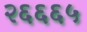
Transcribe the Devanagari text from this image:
२६६६५